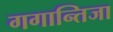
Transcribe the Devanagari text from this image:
गगान्तिजा